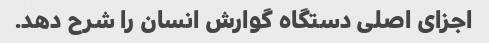
اجزای اصلی دستگاه گوارش انسان را شرح دهد.